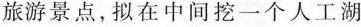
旅游景点，拟在中间挖一个人工湖